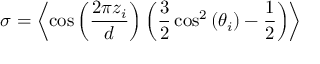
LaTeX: \sigma = \left\langle \cos \left( { \frac { 2 \pi z _ { i } } { d } } \right) \left( { \frac { 3 } { 2 } } \cos ^ { 2 } \left( \theta _ { i } \right) - { \frac { 1 } { 2 } } \right) \right\rangle